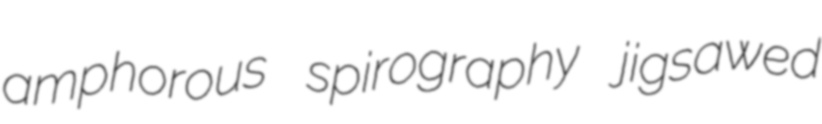
amphorous spirography jigsawed